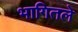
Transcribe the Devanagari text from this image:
भागितले